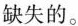
缺失的。